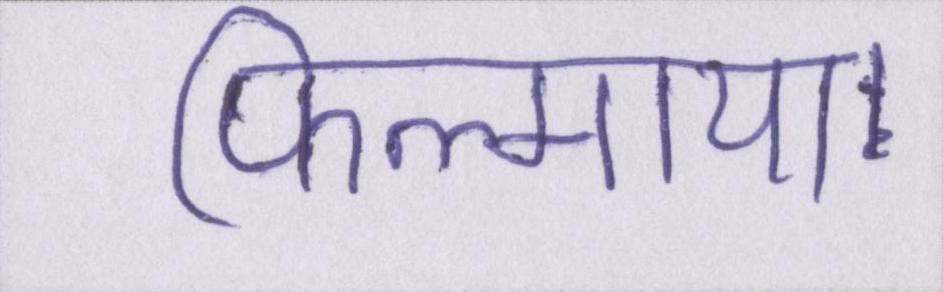
फिल्माया